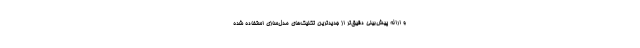
و ارائه پیش‌بینی دقیق‌تر از جدیدترین تکنیک‌های مدل‌سازی استفاده شده